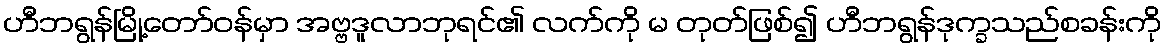
ဟီဘရွန်မြို့တော်ဝန်မှာ အဗ္ဗဒူလာဘုရင်၏ လက်ကို မ တုတ်ဖြစ်၍ ဟီဘရွန်ဒုက္ခသည်စခန်းကို